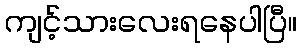
ကျင့်သားလေးရနေပါပြီ။